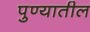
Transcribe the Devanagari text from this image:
पुण्‍यातील